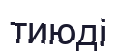
тиюді